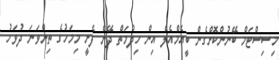
މިސިސްޓަމް ބޭނުންކޮށްގެން ބީއެމްއެލް އިން ހިދުމަތް ދޭން ފެށީ މިމަހުގެ ތިންވަނަ ދުވަހު